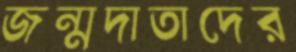
জন্মদাতাদের